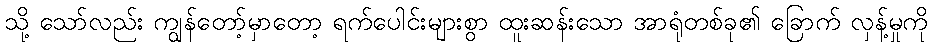
သို့ သော်လည်း ကျွန်တော့်မှာတော့ ရက်ပေါင်းများစွာ ထူးဆန်းသော အာရုံတစ်ခု၏ ခြောက် လှန့်မှုကို